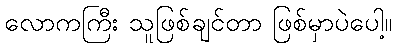
လောကကြီး သူဖြစ်ချင်တာ ဖြစ်မှာပဲပေါ့။